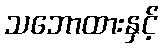
သဘောထားနှင့်